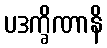
ပဒက္ခိဏာနိ